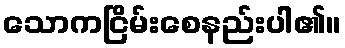
သောကငြိမ်းစေနည်းပါ၏။